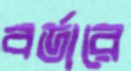
বর্ডারে